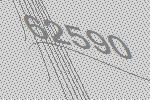
62590